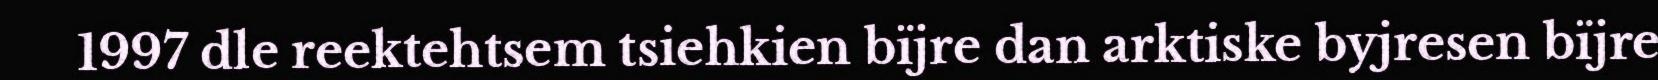
1997 dle reektehtsem tsiehkien bïjre dan arktiske byjresen bïjre